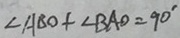
\angle A B O + \angle B A O = 9 0 ^ { \circ }